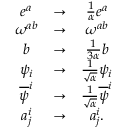
\begin{array} { c c c } { { e ^ { a } } } & { { \rightarrow } } & { { \frac { 1 } { \alpha } e ^ { a } } } \\ { { \omega ^ { a b } } } & { { \rightarrow } } & { { \omega ^ { a b } } } \\ { { b } } & { { \rightarrow } } & { { \frac { 1 } { 3 \alpha } b } } \\ { { \psi _ { i } } } & { { \rightarrow } } & { { \frac { 1 } { \sqrt { \alpha } } \psi _ { i } } } \\ { { \overline { { { \psi } } } ^ { i } } } & { { \rightarrow } } & { { \frac { 1 } { \sqrt { \alpha } } \overline { { { \psi } } } ^ { i } } } \\ { { a _ { j } ^ { i } } } & { { \rightarrow } } & { { a _ { j } ^ { i } . } } \end{array}